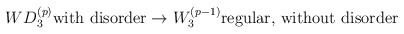
\begin{align*}WD_{3}^{(p)}\mbox{with disorder}\rightarrow W_{3}^{(p-1)}\mbox{regular, without disorder}\end{align*}